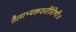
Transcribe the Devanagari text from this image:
तैलाभ्यक्तशरीरिणी॥